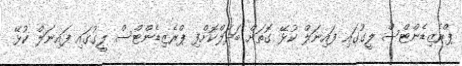
ޕްރެޒިޑެންޓްސް ލީގުގައި ފައިނަލް ކުޅޭ ގޮތަށް ބަދަލްކޮށްފި ޕްރެޒިޑެންޓްސް ލީގުގައި ފައިނަލް ކުޅޭ